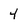
Character: 4